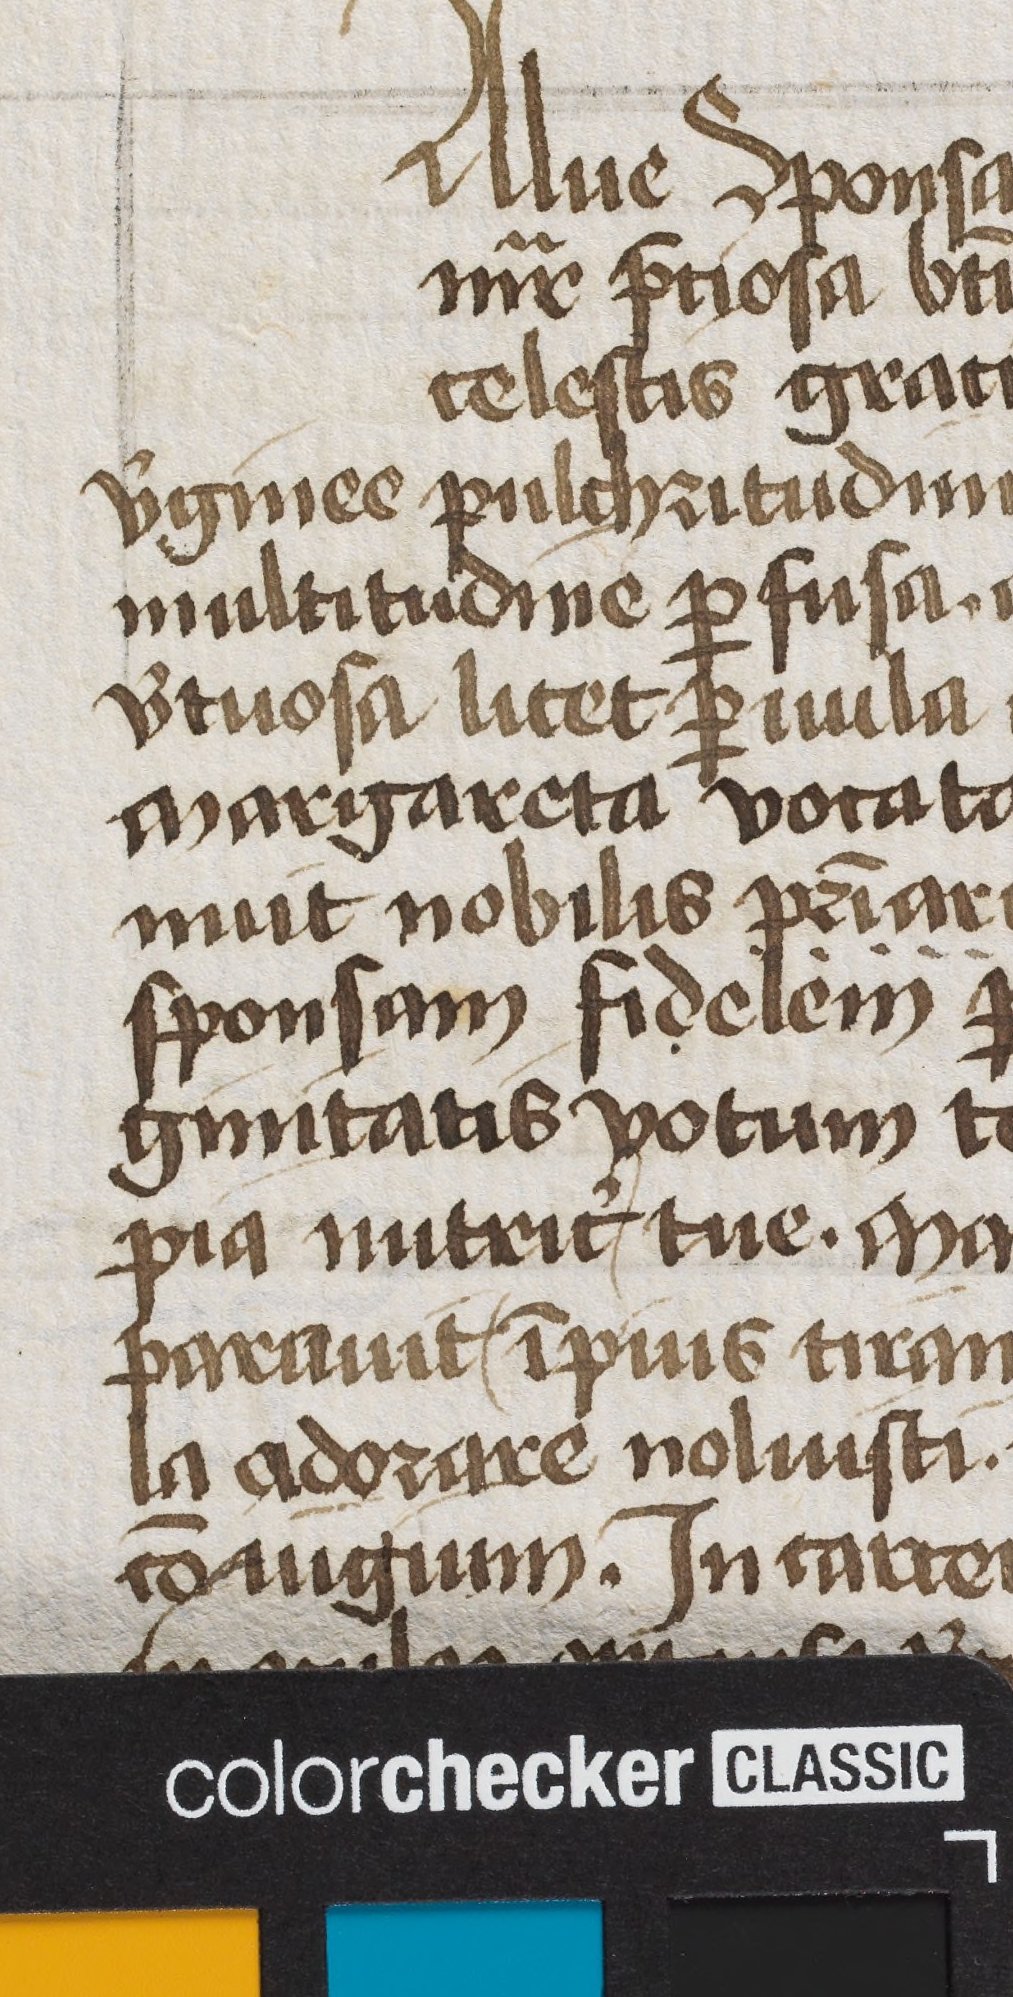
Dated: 1400–1449